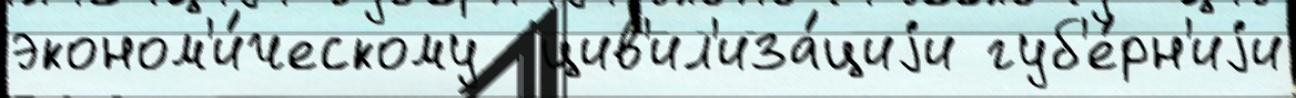
эконом'и́ческому  цив'ил'иза́циjи губ'е́рн'иjи